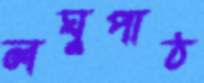
লঘুপাঠ